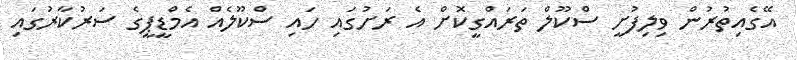
އޭގެއިތުރުން ވިލިފުށީ ސްކޫލް ތަރައްގީކޮށް އެ ރަށުގައި ހައި ސްކޫލެއް އެމްޑީޕީގެ ސަރުކާރުގައި